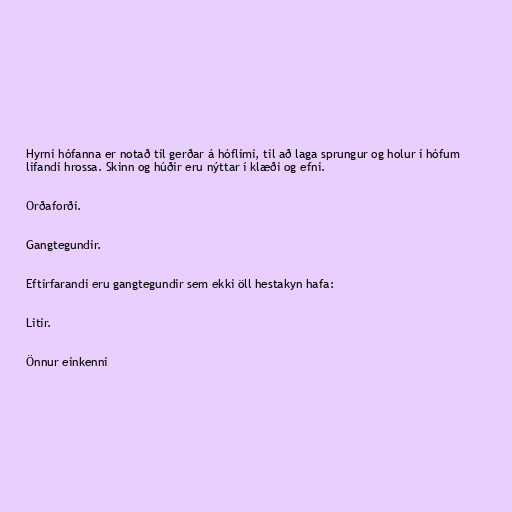
Hyrni hófanna er notað til gerðar á hóflími, til að laga sprungur og holur í hófum
lifandi hrossa. Skinn og húðir eru nýttar í klæði og efni.

Orðaforði.

Gangtegundir.

Eftirfarandi eru gangtegundir sem ekki öll hestakyn hafa:

Litir.

Önnur einkenni